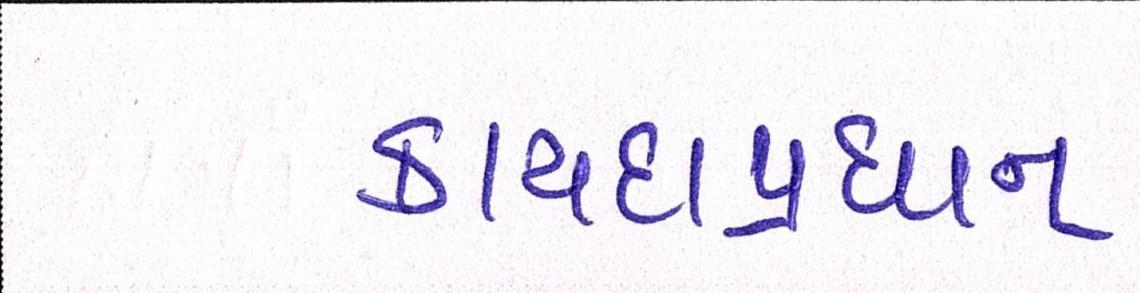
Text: કાયદાપ્રધાન